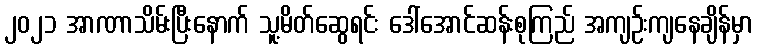
၂၀၂၁ အာဏာသိမ်းပြီးနောက် သူ့မိတ်ဆွေရင်း ဒေါ်အောင်ဆန်းစုကြည် အကျဉ်းကျနေချိန်မှာ